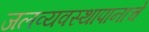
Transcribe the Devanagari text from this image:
जलव्यवस्थापानाचे